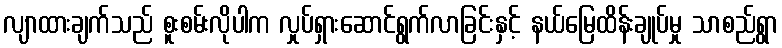
လျာထားချက်သည် စူးစမ်းလိုပါက လှုပ်ရှားဆောင်ရွက်လာခြင်းနှင့် နယ်မြေထိန်းချုပ်မှု သာစည်ရွာ